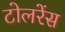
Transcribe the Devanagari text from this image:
टोलरेंस